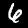
Digit: 6